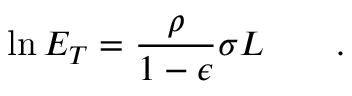
\ln E _ { T } = \frac { \rho } { 1 - \epsilon } \sigma L \qquad .